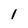
Character: I